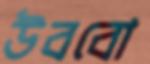
উববো